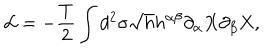
LaTeX: { \cal L } = - \frac { T } { 2 } \int d ^ { 2 } \sigma \sqrt { h } h ^ { \alpha \beta } \partial _ { \alpha } X \partial _ { \beta } X ,